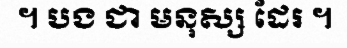
។ បង ជា មនុស្ស ដែរ ។